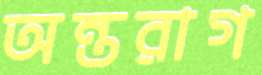
অন্তরাগ